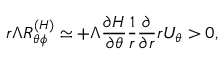
r \Lambda { \cal { R } } _ { \theta \phi } ^ { ( H ) } \simeq + \Lambda \frac { \partial H } { \partial \theta } \frac { 1 } { r } \frac { \partial } { \partial r } r U _ { \theta } > 0 ,